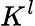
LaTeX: K^{l}